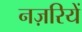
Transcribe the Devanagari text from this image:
नज़रियें